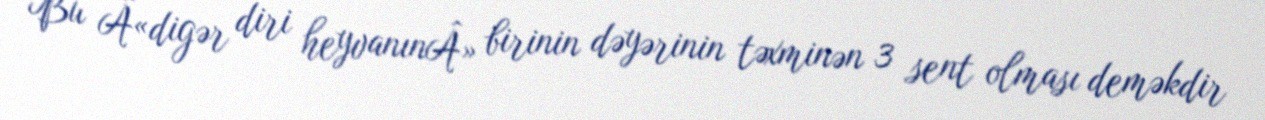
Bu Â«digər diri heyvanınÂ» birinin dəyərinin təxminən 3 sent olması deməkdir